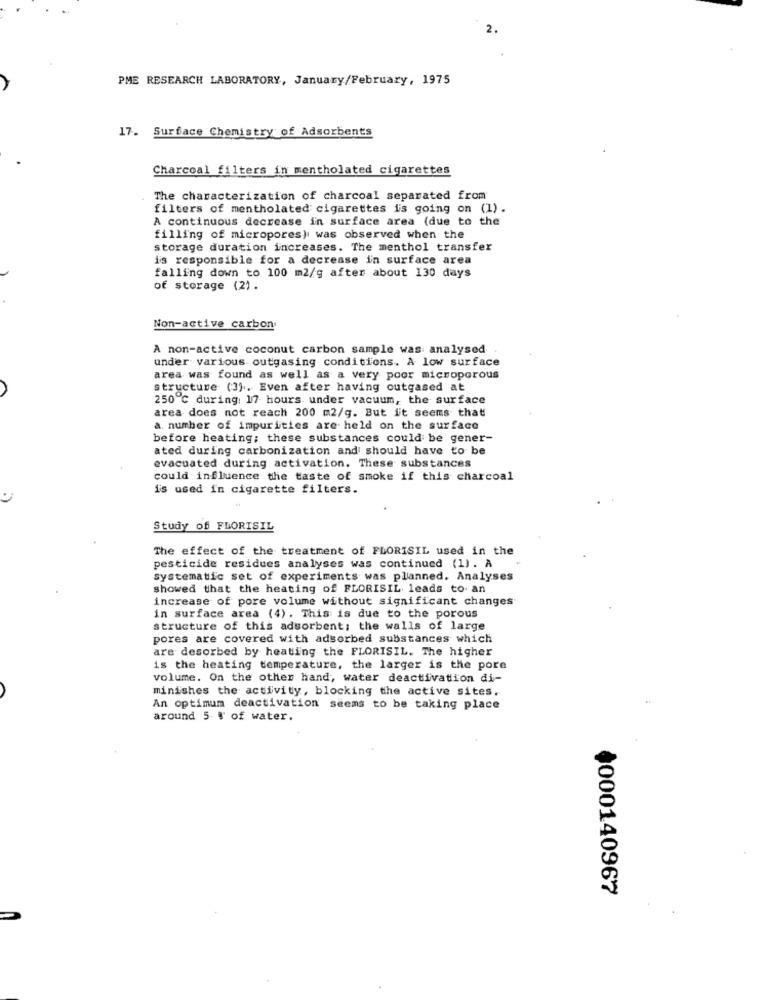
2.
PME RESEARCH LABORATORY, January/February, 1975
17. Surface Chemistry of Adsorbents
Charcoal filters in mentholated cigarettes
The characterization of charcoal separated from
filters of mentholated cigarettes is going on (1) .
A continuous decrease in surface area (due to the
filling of micropores) was observed when the
storage duration increases. The menthol transfer
is responsible for a decrease in surface area
falling down to 100 m2/g after about 130 days
of storage (2).
Non-active carbon
A non-active coconut carbon sample was analysed
under various outgasing conditions. A low surface
area was found as well as a very poor microporous
structure (3). Even after having outgased at
250 ℃ during: 17 hours under vacuum, the surface
area does not reach 200 m2/g. But it seems that
a number of impurities are held on the surface
before heating; these substances could be gener-
ated during carbonization and should have to be
evacuated during activation. These substances
could influence the taste of smoke if this charcoal
is used in cigarette filters.
Study of FLORISIL
The effect of the treatment of FLORISIL used in the
pesticide residues analyses was continued (1). A
systematic set of experiments was planned. Analyses
showed that the heating of FLORISIL leads to- an
increase of pore volume without significant changes
in surface area (4). This is due to the porous
structure of this adsorbent; the walls of large
pores are covered with adsorbed substances which
are desorbed by heating the FLORISIL. The higher
is the heating temperature, the larger is the pore
volume. On the other hand, water deactivation di-
minishes the activity, blocking the active sites.
An optimum deactivation seems to be taking place
around 5 % of water.
+000140967